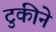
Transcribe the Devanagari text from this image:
टुकीने